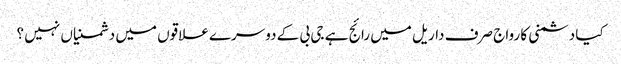
کیا دشمنی کا رواج صرف داریل میں رائج ہے جی بی کے دوسرے علاقوں میں دشمنیاں نہیں ؟